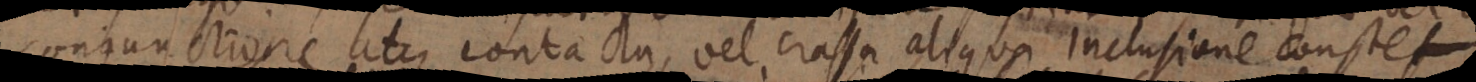
conjunctione atque contactu, vel crassa aliqua inclusione const